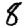
Digit: 8